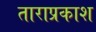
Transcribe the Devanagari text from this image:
ताराप्रकाश